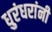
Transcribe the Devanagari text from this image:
धुरंधरांनी